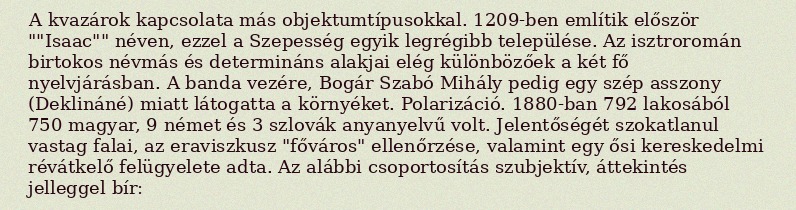
A kvazárok kapcsolata más objektumtípusokkal. 1209-ben említik először ""Isaac"" néven, ezzel a Szepesség egyik legrégibb települése. Az isztroromán birtokos névmás és determináns alakjai elég különbözőek a két fő nyelvjárásban. A banda vezére, Bogár Szabó Mihály pedig egy szép asszony (Deklináné) miatt látogatta a környéket. Polarizáció. 1880-ban 792 lakosából 750 magyar, 9 német és 3 szlovák anyanyelvű volt. Jelentőségét szokatlanul vastag falai, az eraviszkusz "főváros" ellenőrzése, valamint egy ősi kereskedelmi révátkelő felügyelete adta. Az alábbi csoportosítás szubjektív, áttekintés jelleggel bír: